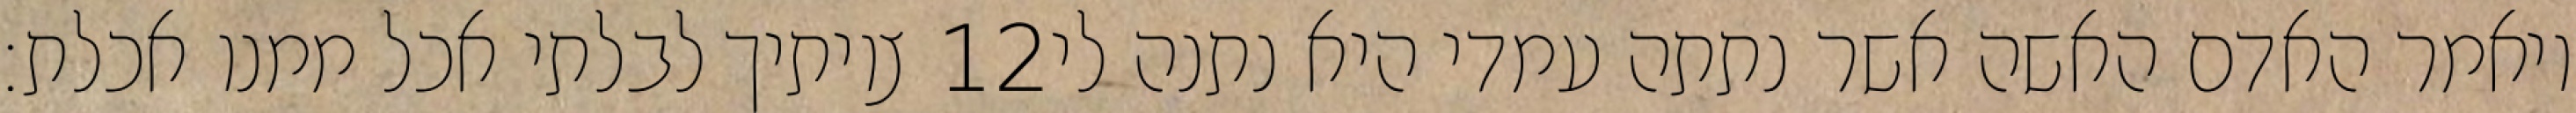
צויתיך לבלתי אכל ממנו אכלת׃ ‎12‏ ויאמר האדם האשה אשר נתתה עמדי היא נתנה לי